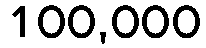
100,000